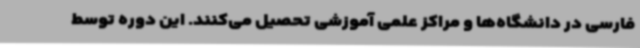
فارسی در دانشگاه‌ها و مراکز علمی آموزشی تحصیل می‌کنند. این دوره توسط